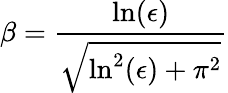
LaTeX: \beta=\frac{\ln(\epsilon)}{\sqrt{\ln^{2}(\epsilon)+\pi^{2}}}